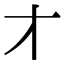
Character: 𬺱